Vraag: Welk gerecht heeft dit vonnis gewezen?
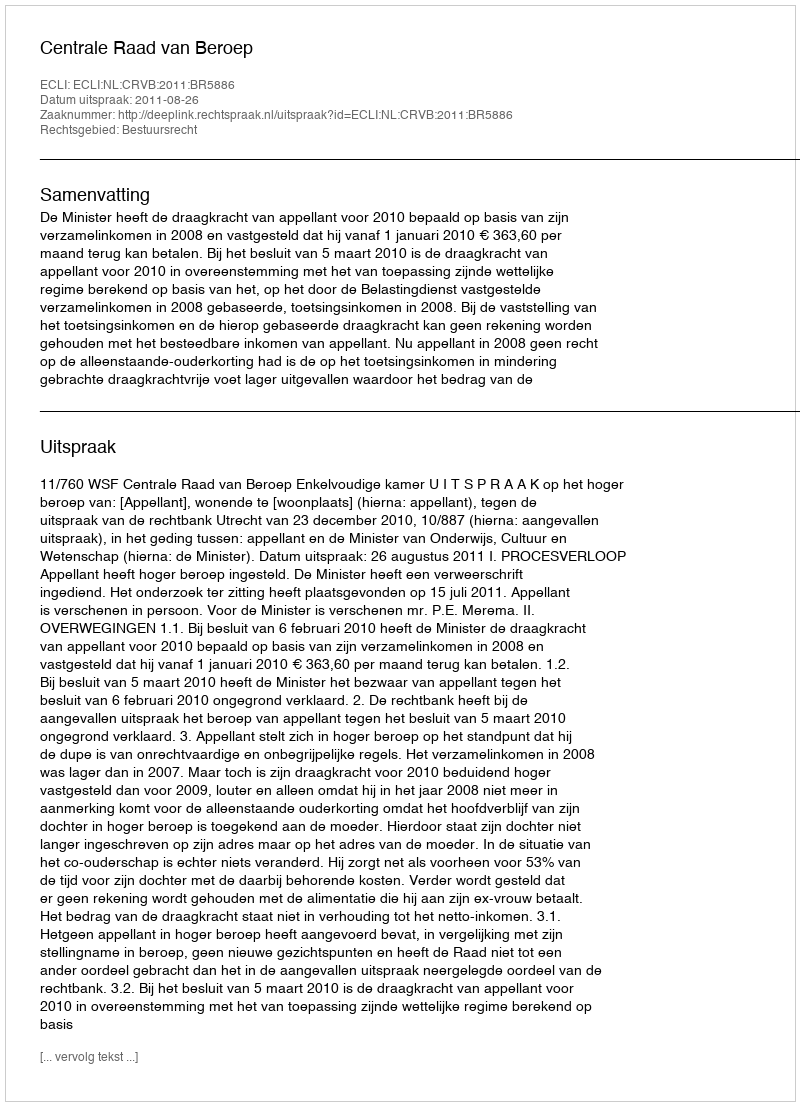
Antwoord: Centrale Raad van Beroep